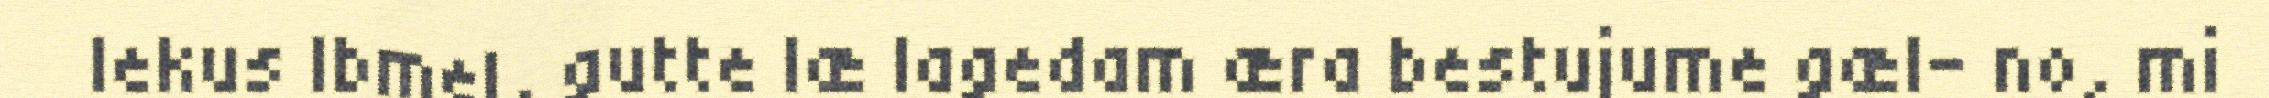
lekus Ibmel, gutte læ lagedam æra bestujume gæl- no, mi